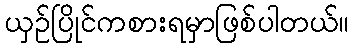
ယှဉ်ပြိုင်ကစားရမှာဖြစ်ပါတယ်။